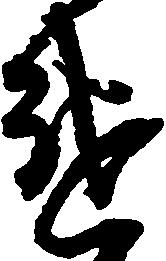
違